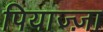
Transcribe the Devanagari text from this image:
पियाज्ज़ा